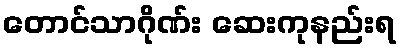
တောင်သာဂိုဏ်း ဆေးကုနည်းရ